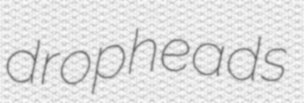
dropheads